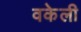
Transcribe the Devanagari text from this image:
वकेली